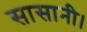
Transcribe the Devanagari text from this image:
सासानी।